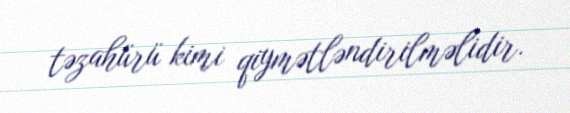
təzahürü kimi qiymətləndirilməlidir.